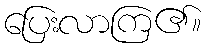
ပြေးလာကြ၏။